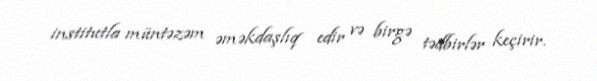
institutla müntəzəm əməkdaşlıq edir və birgə tədbirlər keçirir.